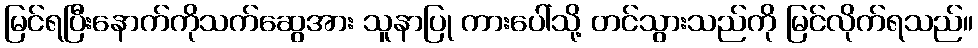
မြင်ရပြီးနောက်ကိုသက်ဆွေအား သူနာပြု ကားပေါ်သို့ တင်သွားသည်ကို မြင်လိုက်ရသည်။